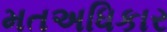
મતઅધિકાર